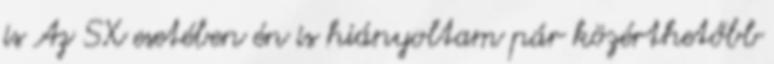
is Az SX esetében én is hiányoltam pár közérthetőbb